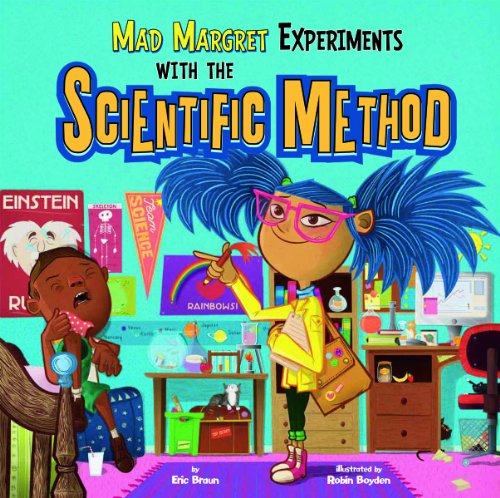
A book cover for Mad Margaret Experiments with the Scientific Method (In the Science Lab); Eric Braun; Children's Books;